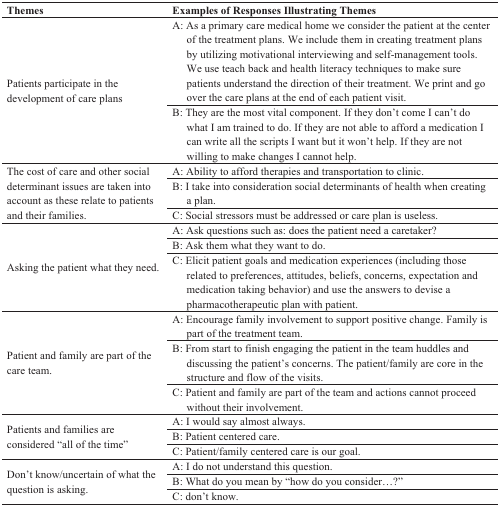
| Themes | Examples of Responses Illustrating Themes |
 | --- | --- |
 | <ROWSPAN=2> Patients participate in the development of care plans | A: As a primary care medical home we consider the patient at the center of the treatment plans. We include them in creating treatment plans by utilizing motivational interviewing and self-management tools. We use teach back and health literacy techniques to make sure patients understand the direction of their treatment. We print and go over the care plans at the end of each patient visit. |
 | B: They are the most vital component. If they don’t come I can’t do what I am trained to do. If they are not able to afford a medication I can write all the scripts I want but it won’t help. If they are not willing to make changes I cannot help. |
 | <ROWSPAN=3> The cost of care and other social determinant issues are taken into account as these relate to patients and their families. | A: Ability to afford therapies and transportation to clinic. |
 | B: I take into consideration social determinants of health when creating a plan. |
 | C: Social stressors must be addressed or care plan is useless. |
 | <ROWSPAN=3> Asking the patient what they need. | A: Ask questions such as: does the patient need a caretaker? |
 | B: Ask them what they want to do. |
 | C: Elicit patient goals and medication experiences (including those related to preferences, attitudes, beliefs, concerns, expectation and medication taking behavior) and use the answers to devise a pharmacotherapeutic plan with patient. |
 | <ROWSPAN=3> Patient and family are part of the care team. | A: Encourage family involvement to support positive change. Family is part of the treatment team. |
 | B: From start to finish engaging the patient in the team huddles and discussing the patient’s concerns. The patient/family are core in the structure and flow of the visits. |
 | C: Patient and family are part of the team and actions cannot proceed without their involvement. |
 | <ROWSPAN=3> Patients and families are considered “all of the time” | A: I would say almost always. |
 | B: Patient centered care. |
 | C: Patient/family centered care is our goal. |
 | <ROWSPAN=3> Don’t know/uncertain of what the question is asking. | A: I do not understand this question. |
 | B: What do you mean by “how do you consider...?” |
 | C: don’t know. |